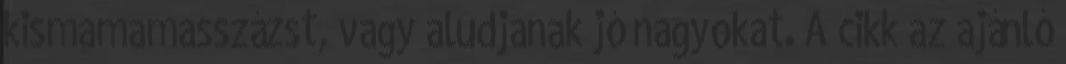
kismamamasszázst, vagy aludjanak jó nagyokat. A cikk az ajánló